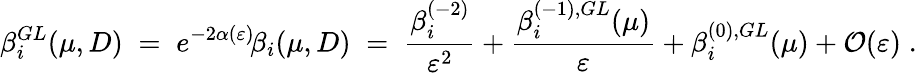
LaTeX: \beta_{i}^{GL}(\mu,D)\; =\; e^{-2\alpha(\varepsilon)}\! \beta_{i}(\mu,D)\; =\; \frac{\beta_{i}^{(-2)}}{\varepsilon^{2}}+\frac{\beta_{i}^{(-1),GL}(\mu)}{\varepsilon}+\beta_{i}^{(0),GL}(\mu)+\mathcal{O}(\varepsilon)\; .